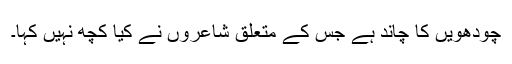
چودھویں کا چاند ہے جس کے متعلق شاعروں نے کیا کچھ نہیں کہا۔